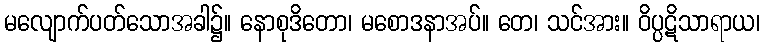
မလျောက်ပတ်သောအခါ၌။ နောစုဒိတော၊ မစောဒနာအပ်။ တေ၊ သင်အား။ ဝိပ္ပဋိသာရာယ၊